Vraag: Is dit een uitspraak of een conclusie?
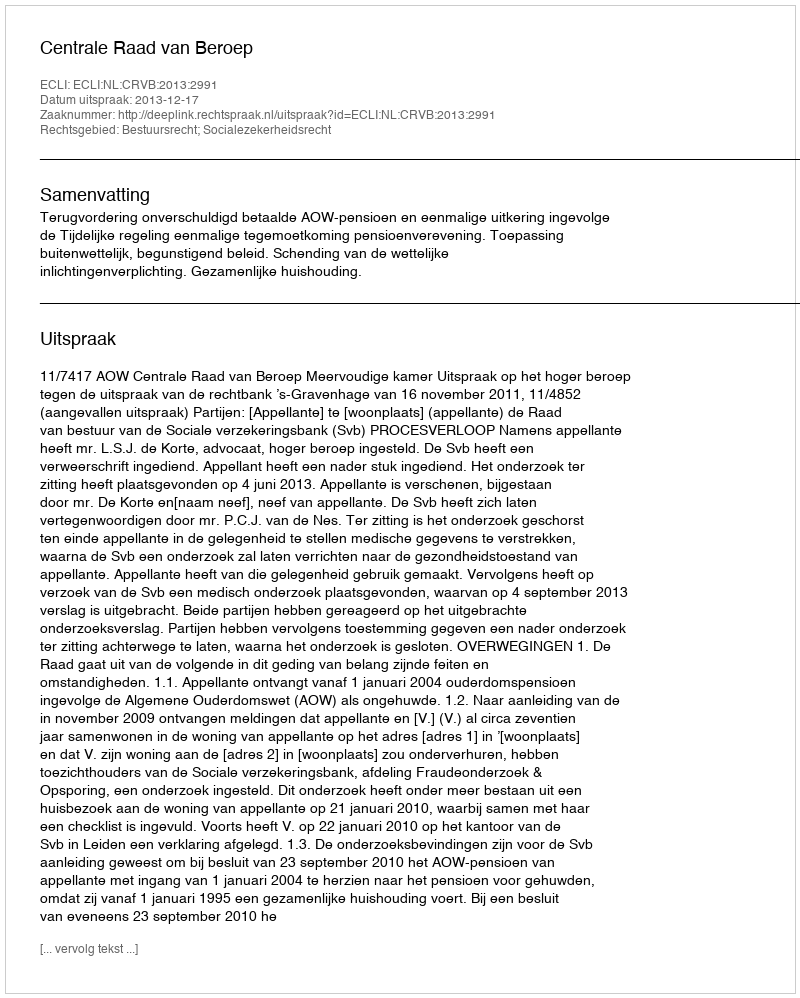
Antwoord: Uitspraak